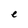
Character: e